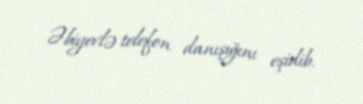
Əbiyevlə telefon danışığını eşidib.